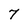
Character: 7